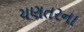
ચણતરના